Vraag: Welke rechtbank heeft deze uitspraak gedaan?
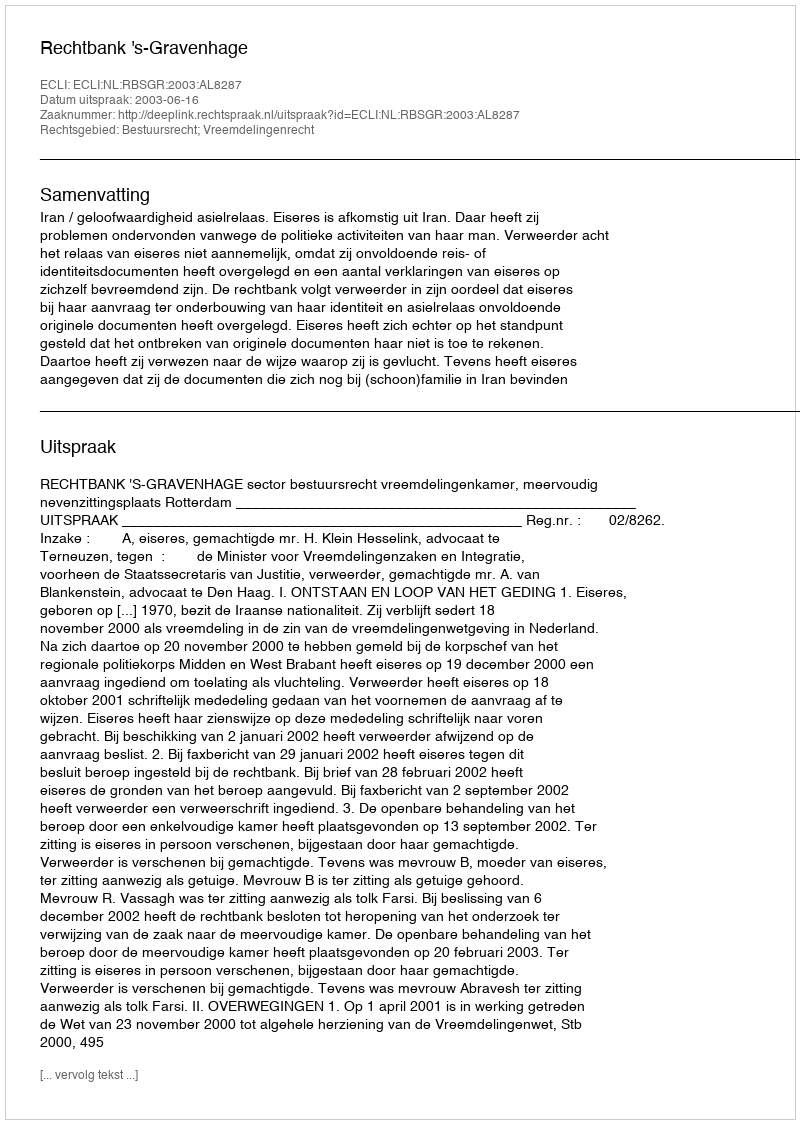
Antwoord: Rechtbank 's-Gravenhage